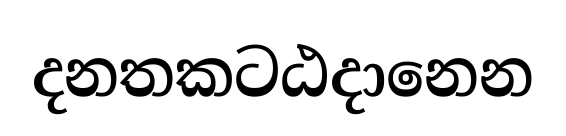
දනතකටඨදානෙන